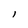
Character: l